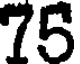
75